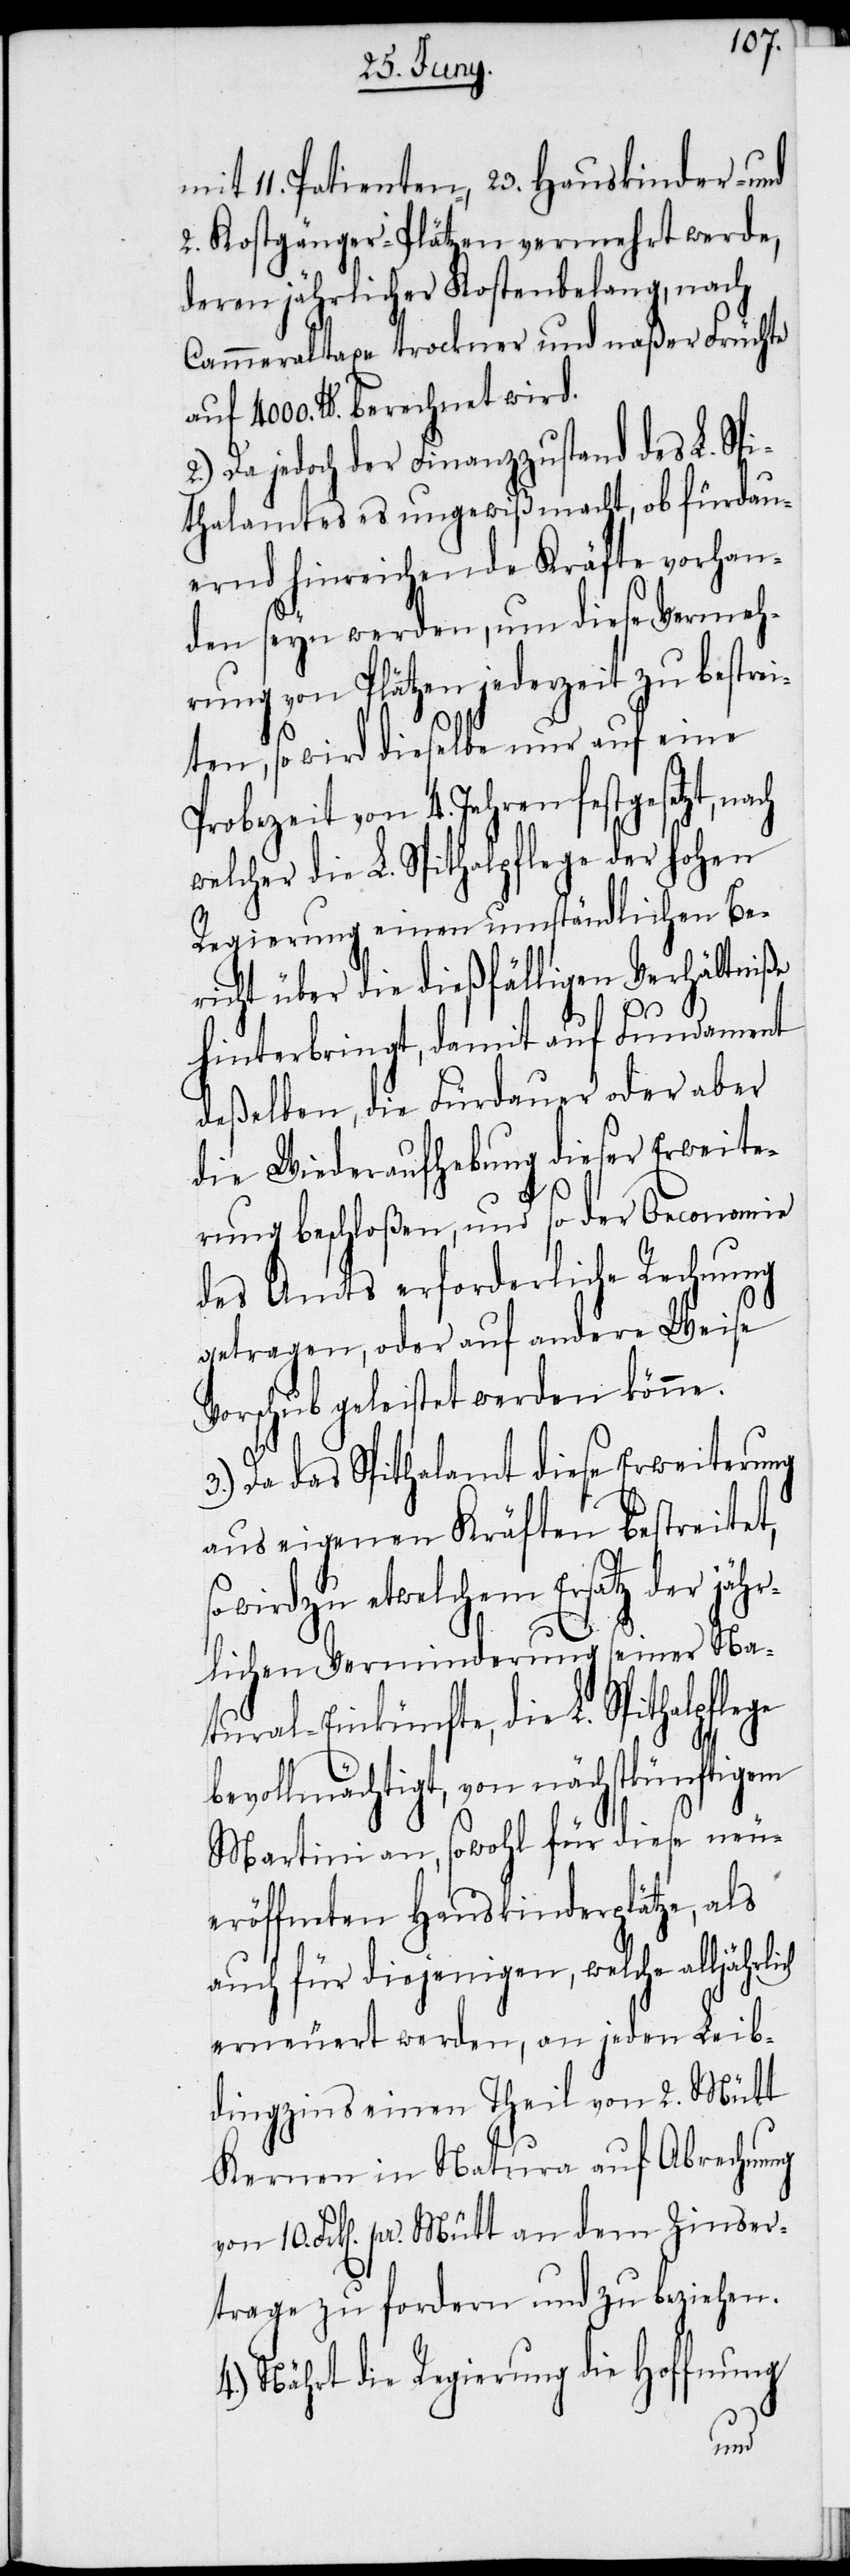
mit 11. Patienten, 23. Hauskinder- und
2. Kostgänger-Plätzen vermehrt werde,
deren jährlicher Kostenbelang, nach
Cammeraltaxe trockener und naßer Früchte
lbr. berechnet wird
2.) Da jedoch der Finanzzustand des L. Spi¬
thalamtes es ungewiß macht, ob fürdau¬
ernd hinreichende Kräfte vorhan¬
den seyn werden, um diese Vermeh¬
rung von Plätzen jederzeit zu bestrei¬
ten, so wird dieselbe nur auf eine
Probezeit von 4. Jahren festgesetzt,
welcher die L. Spithalpflege der hohen
Regierung einen umständlichen Be¬
richt über die dießfälligen Verhältniße
hinterbringt, damit auf Fundament
deßelben, die Fürdauer oder aber
die Wiederaufhebung dieser Erweite¬
rung beschloßen, und so der Oeconomie
des Amts erforderliche Rechnung
getragen, oder auf andere Weise
Vorschub geleistet werden könne.
Da das Spithalamt diese Erweiterung
aus eigenen Kräften bestreitet,
wird zu etwelchem Ersatz der jäh¬
rlichen Verminderung seiner Na¬
tural-Einkünfte, die L. Spithalpflege
bevollmächtigt, von nächstkünftigem
Martini an, sowohl für diese neu¬
eröffneten Hauskinderplätze, als
auch für diejenigen, welche
erneuert werden, an jeden Leib¬
dingzins einen Theil von 2. Mütt
Kernen in Natura auf Abrechnung
von 10. Frk[en]. pr. Mütt an dem Zinser¬
trage zu fordern und zu beziehen.
Nährt die Regierung die Hoffnung